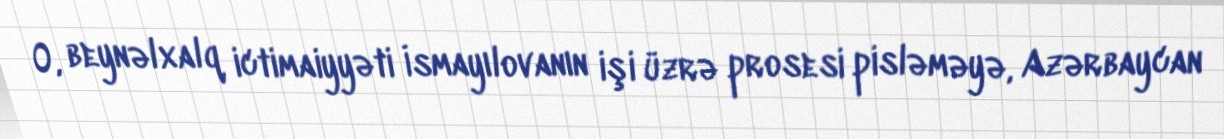
O, beynəlxalq ictimaiyyəti İsmayılovanın işi üzrə prosesi pisləməyə, Azərbaycan